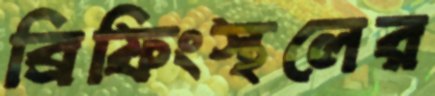
ব্রিফিংস্থলের